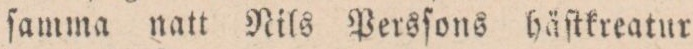
ſamma natt Nils Persſons häſtkreatur